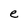
Character: e